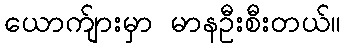
ယောက်ျားမှာ မာနဦးစီးတယ်။